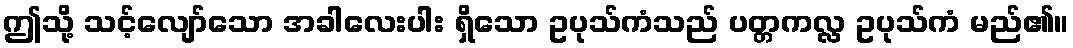
ဤသို့ သင့်လျော်သော အခါလေးပါး ရှိသော ဥပုသ်ကံသည် ပတ္တကလ္လ ဥပုသ်ကံ မည်၏။